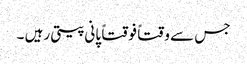
جس سے وقتاً فوقتاً پانی پیتی رہیں ۔